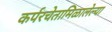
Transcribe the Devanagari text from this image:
कर्परचेतामिळालेल्या